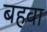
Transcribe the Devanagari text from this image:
बहवा